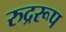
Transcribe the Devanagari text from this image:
रुद्ररूप